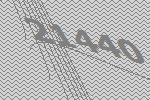
21440